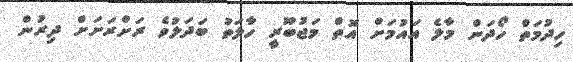
ހިދުމަތް ހޯދަން މާލެ އައުމަށް އޮތް މަޖުބޫރީ ހާލަތު ބަދަލުވެ ރަށްރަށަށް ދިރުން